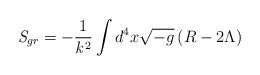
\begin{align*}{\it S}_{gr} = - \frac{1}{{\it k}^2} \int d^4 x \sqrt{-g}\left(R - 2 \Lambda \right)\end{align*}